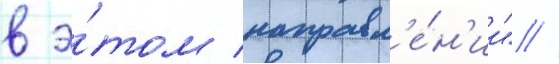
в э́том направл'е́н'ии" //